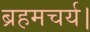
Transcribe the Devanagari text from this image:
ब्रहमचर्य।